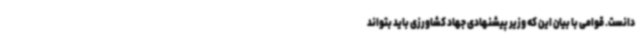
دانست. قوامی با بیان این که وزیر پیشنهادی جهاد کشاورزی باید بتواند